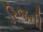
રિજની